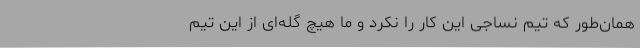
همان‌طور که تیم نساجی این کار را نکرد و ما هیچ گله‌ای از این تیم